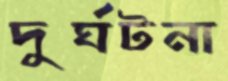
দুর্ঘটনা